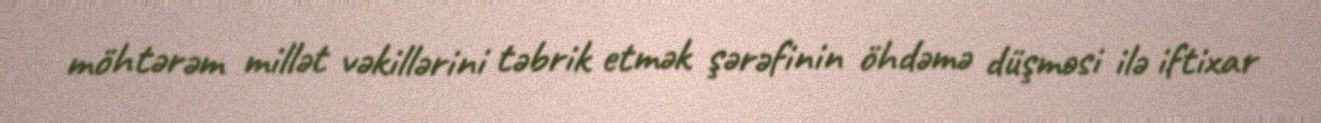
möhtərəm millət vəkillərini təbrik etmək şərəfinin öhdəmə düşməsi ilə iftixar